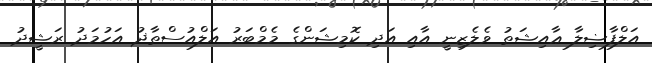
އަލްފާޟިލާ ޢާއިޝަތު ވެލެޒިނީ އާއި އަދި ކޮމިޝަންގެ މެމްބަރު އަލްއުސްތާޛު އަހުމަދު ރަޝީދު